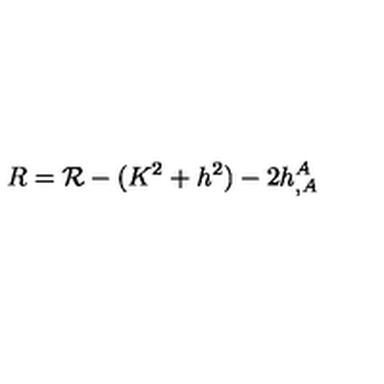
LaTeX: R = { \cal R } - ( K ^ { 2 } + h ^ { 2 } ) - 2 h _ { , A } ^ { A }